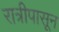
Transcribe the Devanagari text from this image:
रात्रीपासून